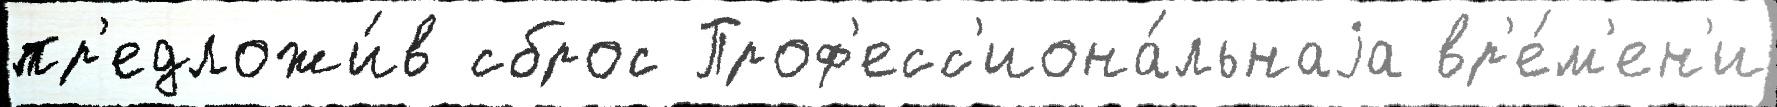
пр'едложи́в сброс Проф'есс'иона́льнаjа вр'е́м'ен'и